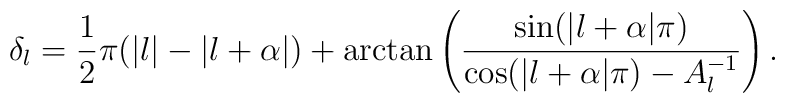
\delta_l=\frac{1}{2}\pi(|l|-|l+\alpha|)+\arctan\left(\frac{\sin(|l+\alpha|\pi)}{\cos(|l+\alpha|\pi) -A_l^{-1}}\right).